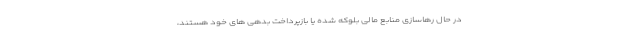
در حال رهاسازی منابع مالی بلوکه شده یا بازپرداخت بدهی های خود هستند،